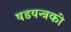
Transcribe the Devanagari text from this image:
षडयन्त्रकी